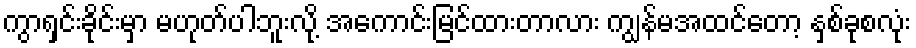
ကွာရှင်းခိုင်းမှာ မဟုတ်ပါဘူးလို့ အကောင်းမြင်ထားတာလား ကျွန်မအထင်တော့ နှစ်ခုစလုံး